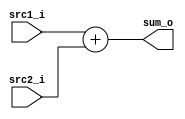
/***************************************************
Student Name:  
Student ID: 0716080  0716203
***************************************************/

`timescale 1ns/1ps

module Adder(
    input  [32-1:0] src1_i,
	input  [32-1:0] src2_i,
	output [32-1:0] sum_o
	);
    
/* Write your code HERE */
assign sum_o = src1_i + src2_i;

endmodule